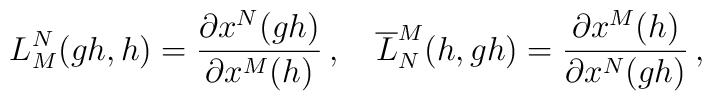
L^{N}_{M}(gh, h)=\frac{\partial x^{N}(gh)}{\partial x^{M}(h)}\,,\quad\overline{L}^{M}_{N}(h, gh)=\frac{\partial x^{M}(h)}{\partial x^{N}(gh)}\,,